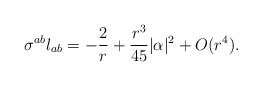
\begin{align*} \sigma^{ab} l_{ab} = - \frac{2}{r} +\frac{ r^3}{45} |\alpha|^2 +O(r^4). \end{align*}